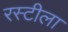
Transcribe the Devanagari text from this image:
रस्टीला